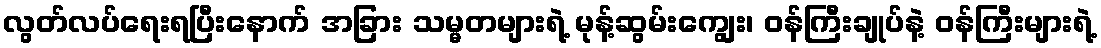
လွတ်လပ်ရေးရပြီးနောက် အခြား သမ္မတများရဲ့ မုန့်ဆွမ်းကျွေး၊ ဝန်ကြီးချုပ်နဲ့ ဝန်ကြီးများရဲ့